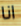
انا